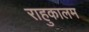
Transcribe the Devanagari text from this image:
राहुकालम